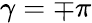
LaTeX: \gamma=\mp\pi